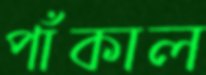
পাঁকাল